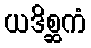
ယဒိစ္ဆကံ